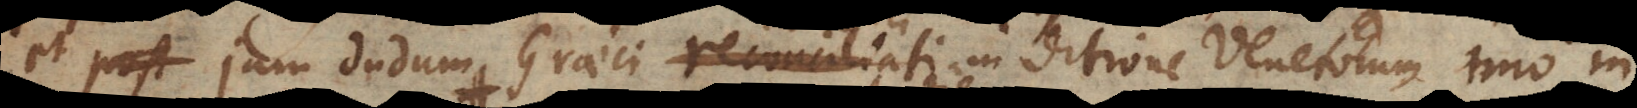
et jam dudum Graeci reconciliati in ditione Venetorum, ipsa u